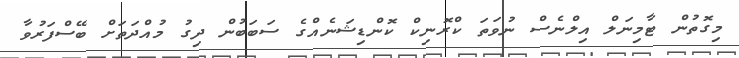
މިގޮތުން ޓާމިނަލް އިލްނެސް ނުވަތަ ކްރޮނިކް ކޮންޑިޝަނެއްގެ ސަބަބުން ދިގު މުއްދަތަށް ބޭސްފަރުވާ